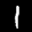
Label: 1